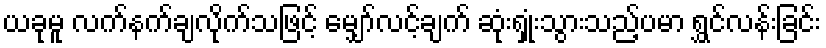
ယခုမူ လက်နက်ချလိုက်သဖြင့် မျှော်လင့်ချက် ဆုံးရှုံးသွားသည့်ပမာ ရွှင်လန်းခြင်း